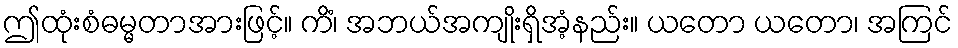
ဤထုံးစံဓမ္မတာအားဖြင့်။ ကိံ၊ အဘယ်အကျိုးရှိအံ့နည်း။ ယတော ယတော၊ အကြင်